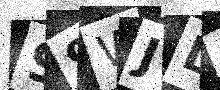
Text: 99WJD0